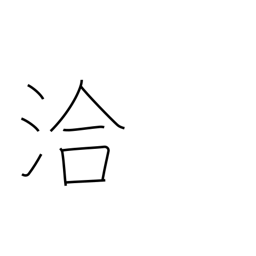
Meaning: far and wide